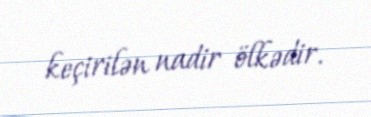
keçirilən nadir ölkədir.